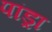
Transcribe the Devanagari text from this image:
पांड्रा